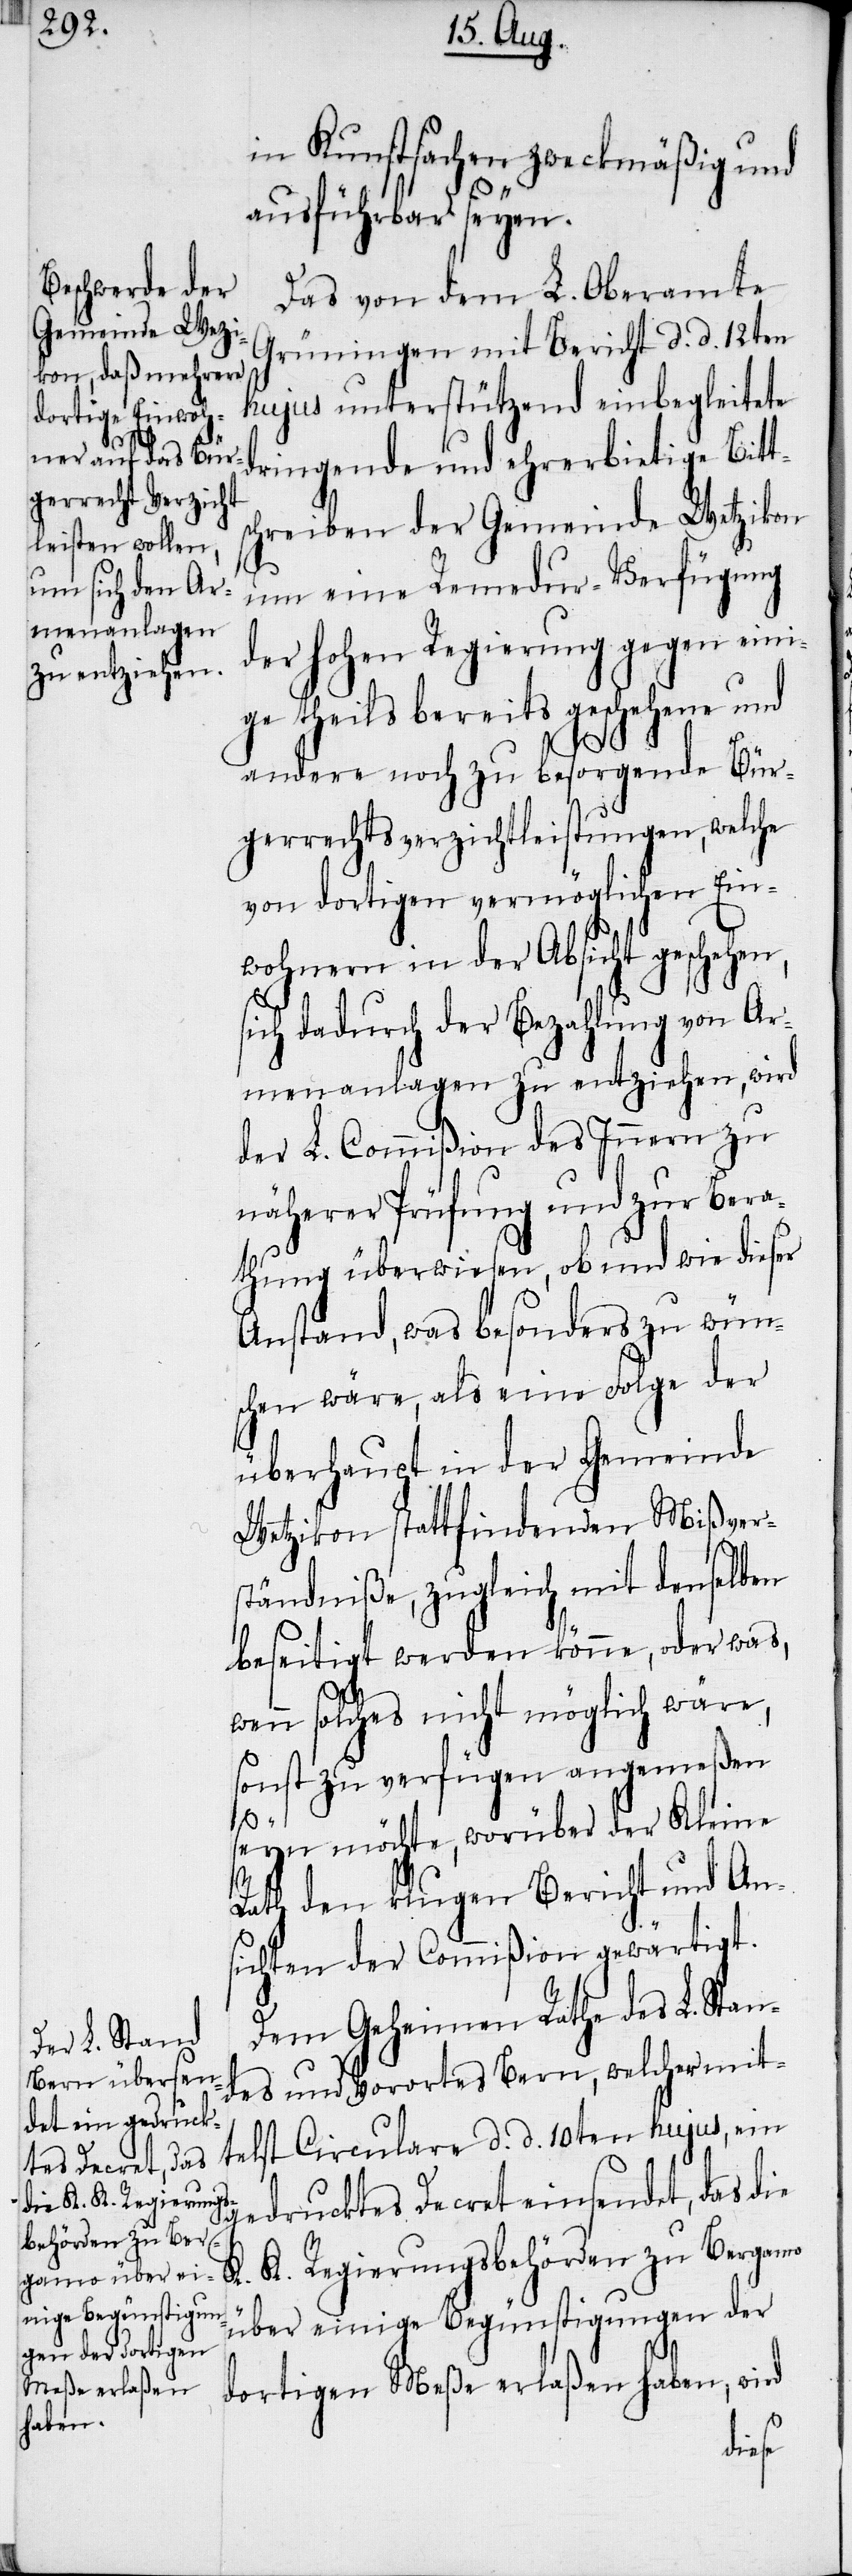
in Kunstsachen zweckmäßig und
ausführbar seyen.
Das von dem L. Oberamte
Grüningen mit Bericht d. d. 12ten
hujus unterstützend einbegleitete
dringende und ehrerbietige Bitt¬
chreiben der Gemeinde Wetzikon
um eine Remedur-Verfügung
der hohen Regierung gegen eini¬
ge theils bereits geschehene und
andere noch zu besorgende Bür¬
gerrechtsverzichtleistungen, welche
von dortigen vermöglichen Ein¬
wohnern in der Absicht geschehen,
sich dadurch der Bezahlung von Ar¬
menanlagen zu entziehen, wird
der L. Commißion des Innern zu
näherer Prüfung und zur Bera¬
thung überwiesen, ob und wie dieser
Anstand, was besonders zu wün¬
schen wäre, als eine Folge der
überhaupt in der Gemeinde
Wetzikon stattfindenden Mißvers¬
tändniße, zugleich mit denselben
beseitigt werden könne, oder was,
wenn solches nicht möglich wäre,
sonst zu verfügen angemeßen
s¬
seyn möchte, worüber der Kleine
Rath den klugen Bericht und An¬
sichten der Commißion gewärtigt.
Dem Geheimen Rathe des L. Stan¬
des und Vorortes Bern, welcher mit¬
Circulare d. d. 10ten hujus, ein
telst
gedrucktes Decret einsendet, das die
K. K. Regierungsbehörden zu Bergamo
über einige Begünstigungen der
dortigen Meße erlaßen haben, wird